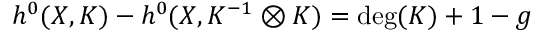
h ^ { 0 } ( X , K ) - h ^ { 0 } ( X , K ^ { - 1 } \otimes K ) = \deg ( K ) + 1 - g